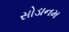
સોડાનમ